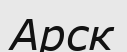
Арск